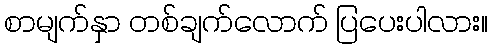
စာမျက်နှာ တစ်ချက်လောက် ပြပေးပါလား။